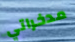
مدخراتي